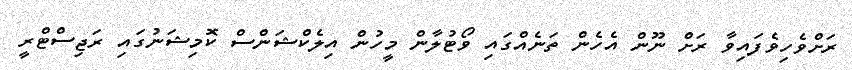
ރަށްވެހިވެފައިވާ ރަށް ނޫން އެހެން ތަނެއްގައި ވޯޓުލާން މީހުން އިލެކްޝަންސް ކޮމިޝަނުގައި ރަޖިސްޓްރީ